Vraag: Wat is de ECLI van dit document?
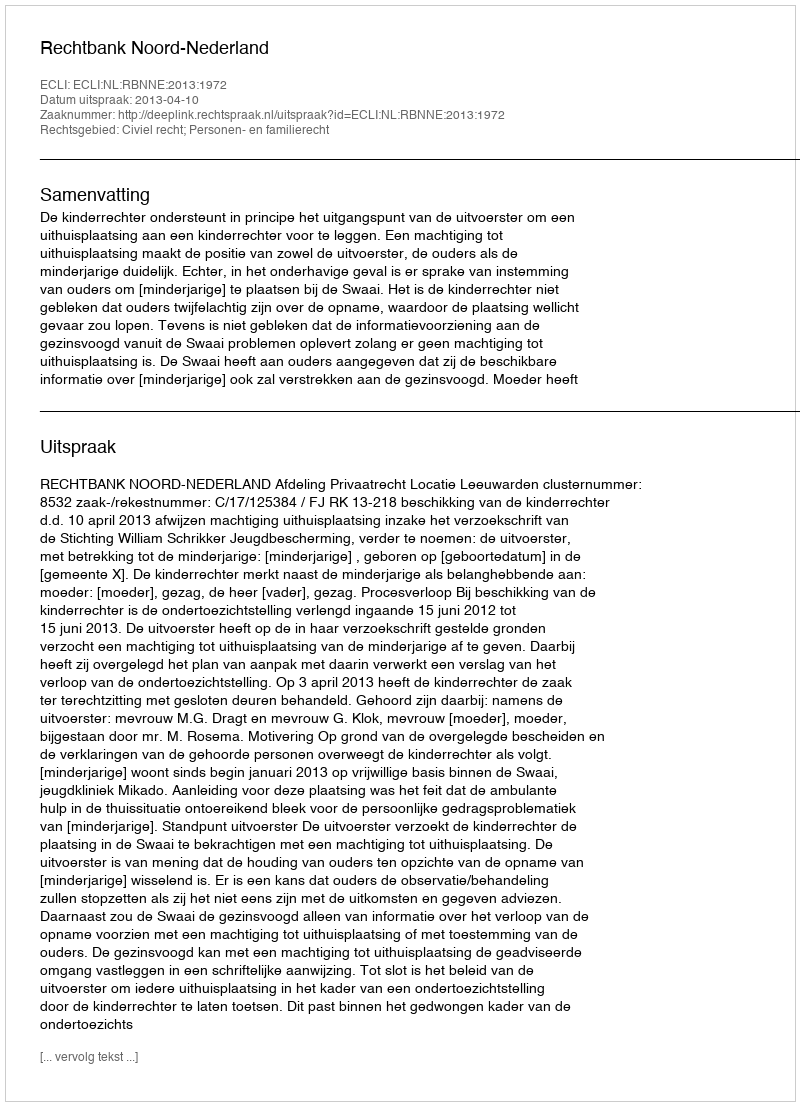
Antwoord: ECLI:NL:RBNNE:2013:1972